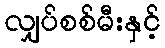
လျှပ်စစ်မီးနှင့်